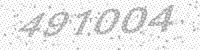
Solution: 491004